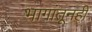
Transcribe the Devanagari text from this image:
भागांतूनही